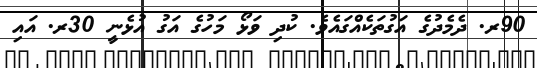
90ރ. ދެމެދުގެ އަގުތަކެއްގައެވެ. ކުދި ވަޅޯ މަހުގެ އަގު އުޅެނީ 30ރ. އައި